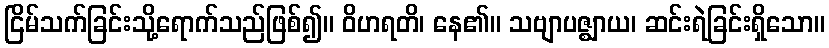
ငြိမ်သက်ခြင်းသို့ရောက်သည်ဖြစ်၍။ ဝိဟရတိ၊ နေ၏။ သဗျာပဇ္ဈာယ၊ ဆင်းရဲခြင်းရှိသော။